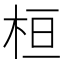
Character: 桓